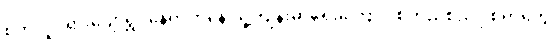
စိတ်လှုပ်ရှားပျော်ရွှင်နေရာကနေ သူ့ကျန်းမာရေးကြောင့် စိတ်ညစ်ညူးစရာတွေ